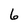
Character: 6